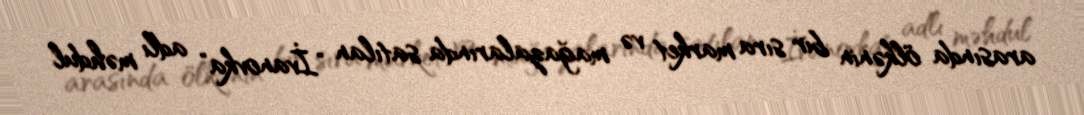
arasında ölkənin bir sıra market və mağazalarında satılan "İvanovka" adlı məhdul